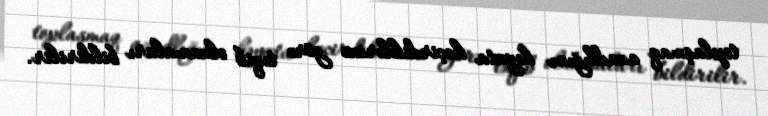
toplaşmaq azadlığını həyata keçirdiklərinə görə təqib olunmaları bildirilir.